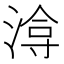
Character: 𭱔